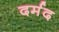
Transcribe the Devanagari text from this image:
दर्मद